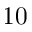
1 0